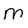
Character: M